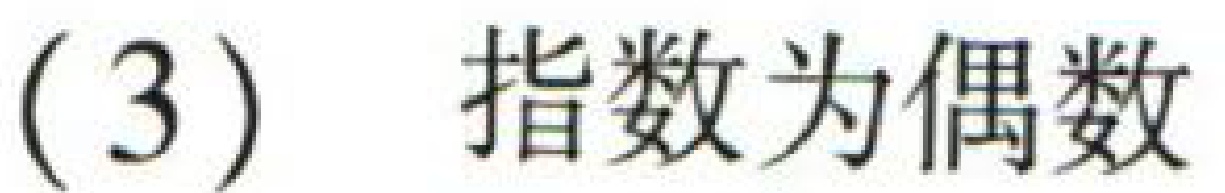
(3) 指数为偶数